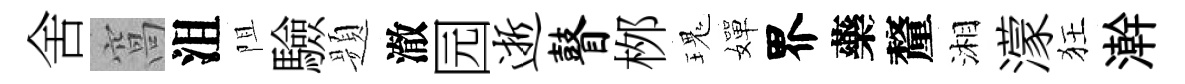
舍窩沮阻驗题澈园逝瞽桞瑰嬋界藥釐湘濛狂澣